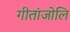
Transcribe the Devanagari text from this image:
गीतांजोलि